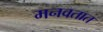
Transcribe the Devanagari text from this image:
मनवतात